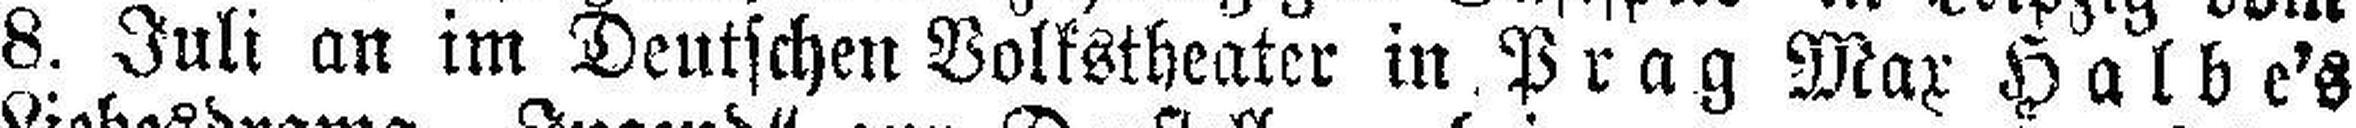
8. Juli an im Deutschen Volkstheater in Prag Max Halbe's